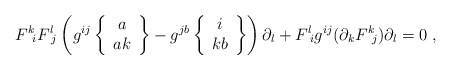
\begin{align*}F^{k}\!_{i}F^{l}\!_{j}\left(g^{ij}\left\{\begin{array}{c}a \\ak\end{array}\right\}-g^{jb}\left\{\begin{array}{c}i \\kb\end{array}\right\}\right)\partial_{l}+F^{l}\!_{i}g^{ij}(\partial_{k}F^{k}\!_{j})\partial_{l}=0\;,\end{align*}